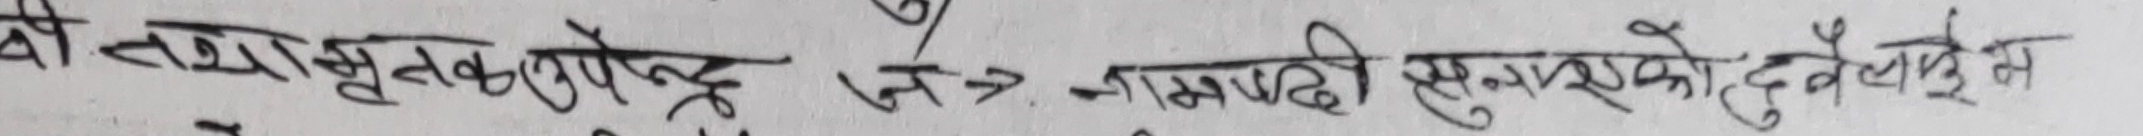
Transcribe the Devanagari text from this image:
यो तथाभूतक उपेन्द्र क्षेत्र गाभाडी सुन्दरको दुवैतिरूस